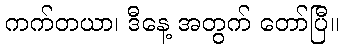
ကက်တယာ၊ ဒီနေ့ အတွက် တော်ပြီ။